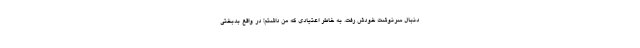
دنبال سرنوشت خودش رفت. به خاطر اعتیادی که من داشتم! در واقع بدبختی